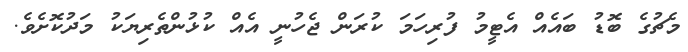
މެޗުގެ ބޮޑު ބައެއް އެޓީމު ފުރިހަމަ ކުރަން ޖެހުނީ އެއް ކުޅުންތެރިޔަކު މަދުކޮށެވެ.